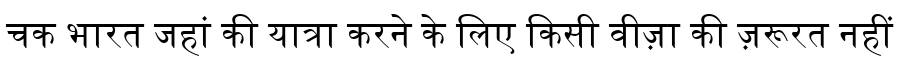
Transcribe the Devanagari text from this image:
चक भारत जहां की यात्रा करने के लिए किसी वीज़ा की ज़रूरत नहीं